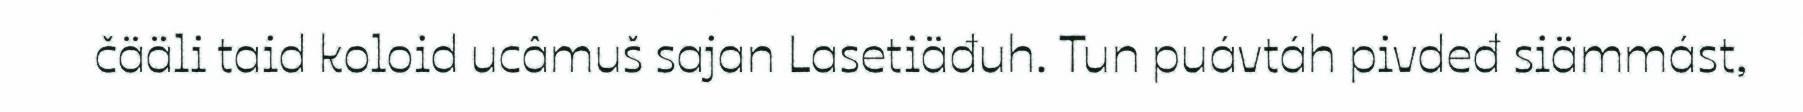
čääli taid koloid ucâmuš sajan Lasetiäđuh. Tun puávtáh pivdeđ siämmást,